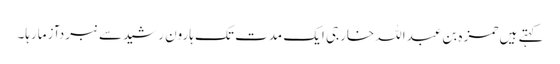
کہتے ہیں حمزہ بن عبداللہ خارجی ایک مدت تک ہارون رشیدسے نبردآزمارہا۔